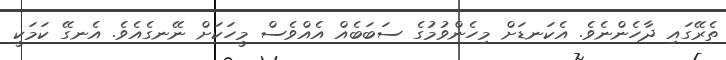
ތެރޭގައި ދާހެންނެވެ. އެކަނޑަށް މިހެންވުމުގެ ސަބަބެއް އެއްވެސް މީހަކަށް ނޭނގެއެވެ. އެނގޭ ކަމަކީ